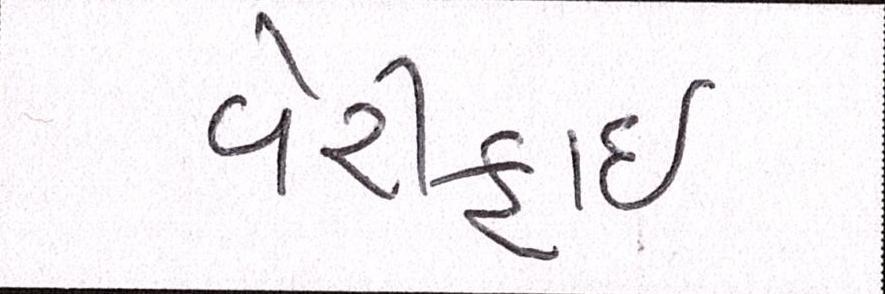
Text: વેરીફાઈ